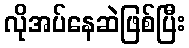
လိုအပ်နေဆဲဖြစ်ပြီး